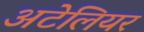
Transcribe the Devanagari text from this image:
अटेलियर